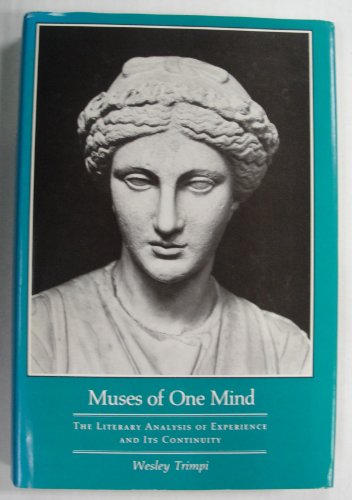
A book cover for Muses of One Mind: The Literary Analysis of Experience and its Continuity; Wesley Trimpi; Literature & Fiction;